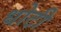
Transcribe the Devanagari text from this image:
धोटी